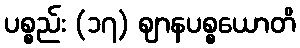
ပစ္စည်း (၁၇) ဈာနပစ္စယောတိ